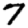
Digit: 7